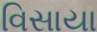
વિસાયા